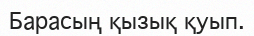
Барасың қызық қуып.